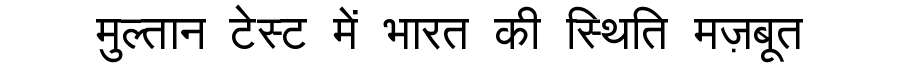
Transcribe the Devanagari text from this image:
मुल्तान टेस्ट में भारत की स्थिति मज़बूत